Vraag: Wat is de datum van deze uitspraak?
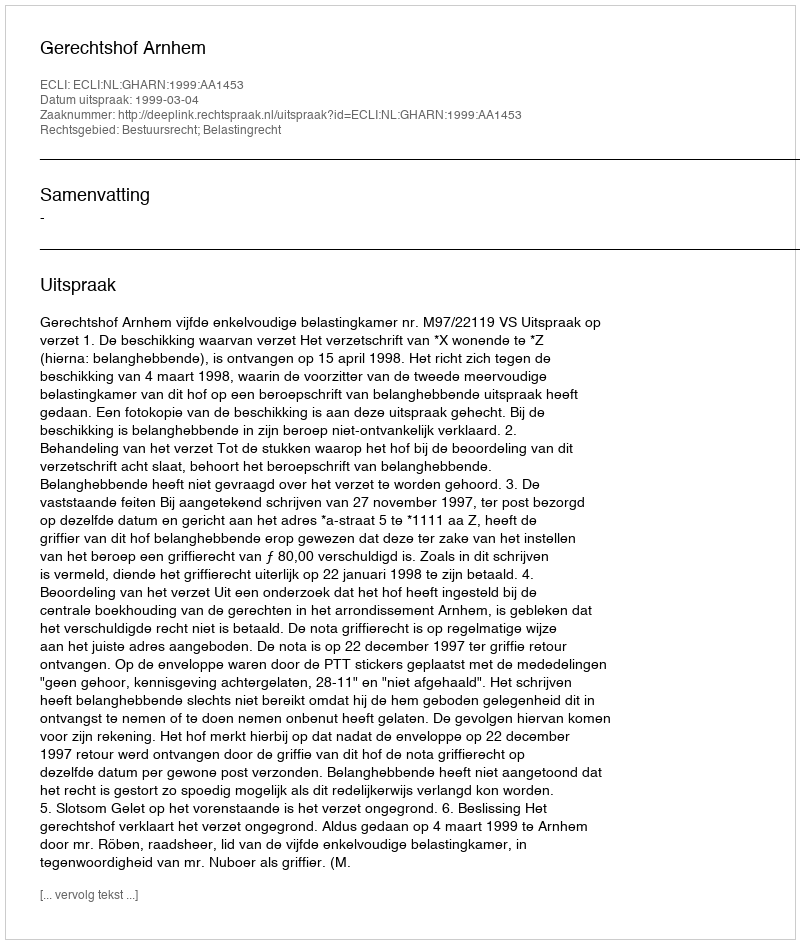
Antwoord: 1999-03-04